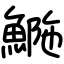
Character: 𩷿